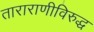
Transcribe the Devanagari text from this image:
ताराराणीविरुद्ध